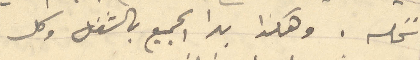
نخله. وهكذا بدا الجميع بالشغل وكل